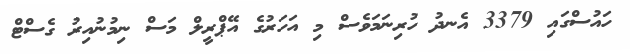
ހައުސްގައި 3379 އެނދު ހުރިނަމަވެސް މި އަހަރުގެ އޭޕްރީލް މަސް ނިމުނުއިރު ގެސްޓް